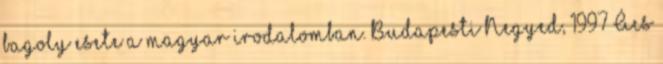
bagoly esete a magyar irodalomban. Budapesti Negyed, 1997 Ács